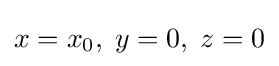
x=x_{0},\;y=0,\;z=0